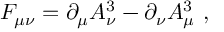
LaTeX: { \cal F } _ { \mu \nu } = \partial _ { \mu } A _ { \nu } ^ { 3 } - \partial _ { \nu } A _ { \mu } ^ { 3 } \ ,